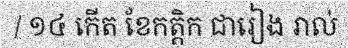
/ ១៤ កើត ខែកត្តិក ជារៀង រាល់